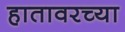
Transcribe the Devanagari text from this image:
हातावरच्या